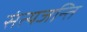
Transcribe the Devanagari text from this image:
संत्यजन्ति